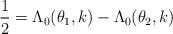
LaTeX: \begin{align*}\frac{1}{2}= \Lambda_0 (\theta_1, k) -\Lambda_0 (\theta_2, k)\end{align*}